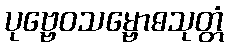
ပုဗ္ဗေဝသမ္ဗောဓသုတ္တံ